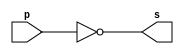
// -------------------------
// Exemplo0002 - NOT
// Nome: Gabriel Carlos Damasceno Arriel
// -------------------------
// -------------------------
// -- not gate
// -------------------------
module notgate (output s,
                        input  p);
assign s = ~p;
endmodule // notgate
// -------------------------
// -- test not gate
// -------------------------
module testnotgate;
// ------------------------- dados locais
   reg    a;   // definir registrador
                 // (variavel independente)
   wire   s;   // definir conexao (fio)
                // (variavel dependente  )
// ------------------------- instancia
   notgate NOT1 (s, a);
// ------------------------- preparacao
   initial begin:start
      a=0;     // valor inicial
   end// ------------------------- parte principal
   initial begin
         $display("Exemplo0002 - Gabriel Carlos Damasceno Arriel - 451557");
         $display("Test NOT gate");
$display("\n~a = s\n");
          a=0;
  #1   $display("~%b = %b", a, s);
           a=1;
  #1   $display("~%b = %b", a, s);
   end
endmodule // testnotgate